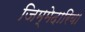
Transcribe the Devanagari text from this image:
जिम्मेदारिया